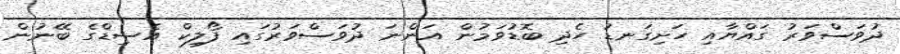
ދުވަސްވަރު ގައްޔާއި ހަށިގަނޑު ހެދި ބޮޑުވަމުން އަންނަ ދުވަސްވަރުގައި ފޯލިކް އެސިޑްގެ ބޭނުން